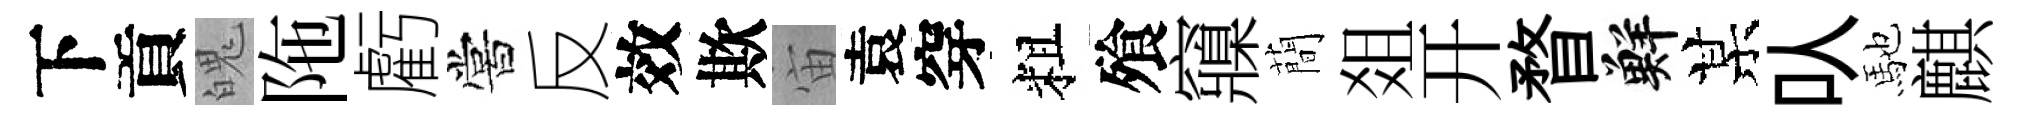
下貢魄陁虧嘗反效欺宙袁穿粗飱䆿蕳爼开瞀鮮某㕥馳麒